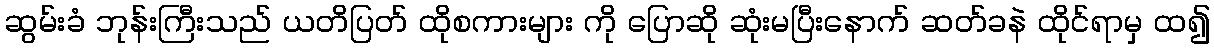
ဆွမ်းခံ ဘုန်းကြီးသည် ယတိပြတ် ထိုစကားများ ကို ပြောဆို ဆုံးမပြီးနောက် ဆတ်ခနဲ ထိုင်ရာမှ ထ၍